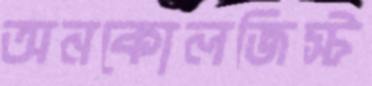
অনকোলজিস্ট